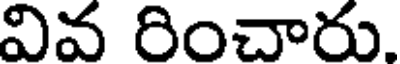
వివ రించారు.